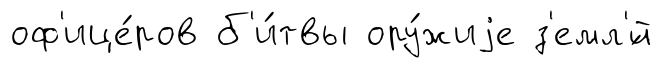
оф'ице́ров б'и́твы ору́жиjе з'емл'́й